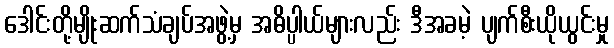
ဒေါင်းတို့မျိုးဆက်သံချပ်အဖွဲ့မှ အဓိပ္ပါယ်များလည်း ဒီအခမဲ့ ပျက်စီးယိုယွင်းမှု